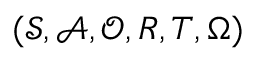
( \mathcal { S } , \mathcal { A } , \mathcal { O } , { R } , { T } , \Omega )